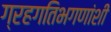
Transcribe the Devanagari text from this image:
ग्रहगतिभगणांशी